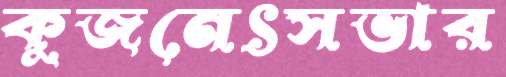
কুজনেৎসভার